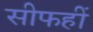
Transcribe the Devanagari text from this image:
सीफहीं